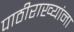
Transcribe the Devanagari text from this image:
पाठीराख्यांना